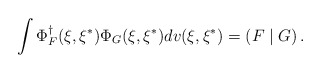
\begin{align*}\int \Phi _F^{\dagger }(\xi ,\xi ^{*})\Phi _G(\xi ,\xi ^{*})dv(\xi ,\xi^{*})=\left( F\mid G\right) . \end{align*}